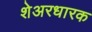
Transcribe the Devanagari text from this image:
शेअरधारक